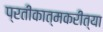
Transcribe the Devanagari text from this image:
प्रतीकात्मकरीत्या